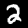
Label: 2